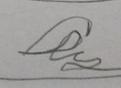
Signature authenticity: forged